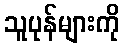
သူပုန်များကို